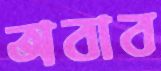
অবাব